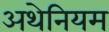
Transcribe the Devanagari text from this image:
अथेनियम